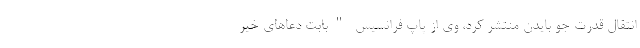
انتقال قدرت جو بایدن منتشر کرد، وی از پاپ فرانسیس "بابت دعا‌های خیر